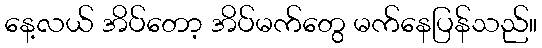
နေ့လယ် အိပ်တော့ အိပ်မက်တွေ မက်နေပြန်သည်။